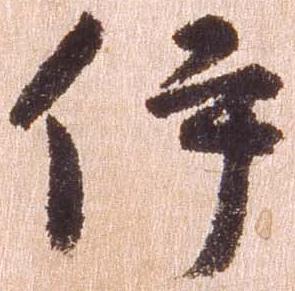
伊